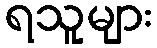
ရသူများ